Source: Handwritten
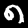
Digit: ၈ (8)